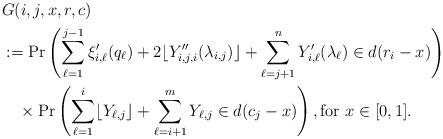
LaTeX: \begin{align*}& G(i,j,x, r, c) \\ & := \Pr\left( \sum_{\ell=1}^{j-1} \xi'_{i,\ell}(q_\ell) + 2\lfloor Y''_{i,j,i}(\lambda_{i,j})\rfloor + \sum_{\ell=j+1}^{n} Y'_{i,\ell}(\lambda_\ell) \in d(r_i-x) \right) \\ & \ \ \ \times \Pr\left(\sum_{\ell=1}^i \lfloor Y_{\ell,j} \rfloor + \sum_{\ell=i+1}^m Y_{\ell,j} \in d(c_j - x) \right), \mbox{for } x \in [0,1].\\ \end{align*}